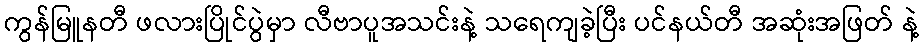
ကွန်မြူနတီ ဖလားပြိုင်ပွဲမှာ လီဗာပူအသင်းနဲ့ သရေကျခဲ့ပြီး ပင်နယ်တီ အဆုံးအဖြတ် နဲ့